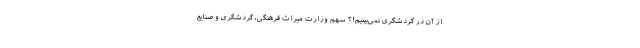
از آن در گردشگری نمی‌بینیم!؟ سهم وزارت میراث فرهنگی، گردشگری و صنایع